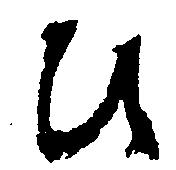
ひ